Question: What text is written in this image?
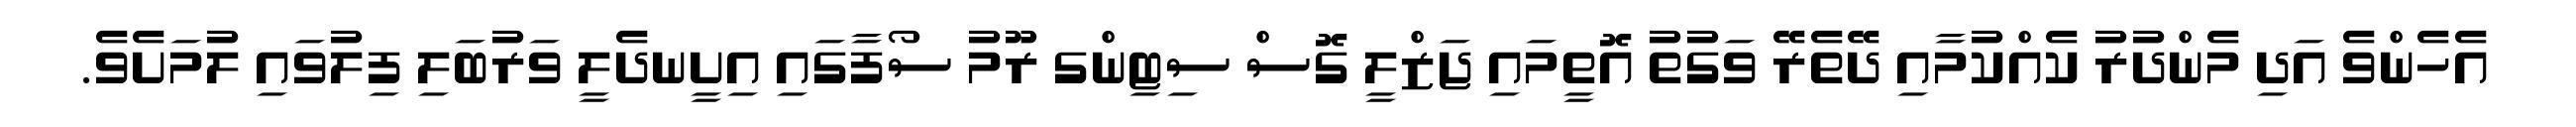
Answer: އެހެންވެ އަދި މެންދުރު ކެއްކުމާއި ދޭތެރޭ ވަގުތު އޮތީމައި ޖަޒްލީ ގޮސް ސިޓިންގ ރޫމު ސޯފާގައި އިށީނދެލީ ވަރުބަލި ފިލުވައި ލުމަށެވެ.